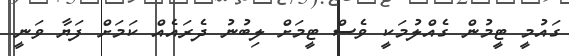
ގައުމީ ޓީމުން ގެއްލުމަކީ ވެސް ޓީމަށް ލިބުނު ދެރައެއް ކަމަށް ފަޔާ ވަނީ